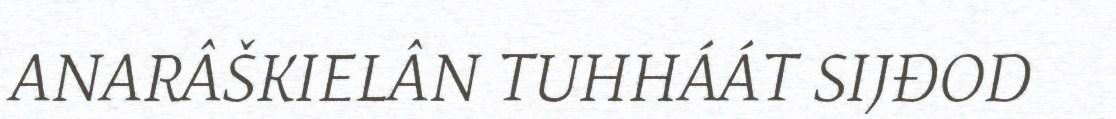
ANARÂŠKIELÂN TUHHÁÁT SIJĐOD